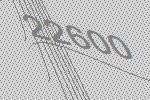
22600